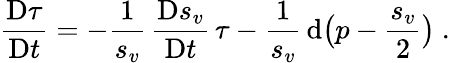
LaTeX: \frac{\mathrm{D}\tau}{\mathrm{D}t}=-\frac 1{s_{v}}\, \frac{\mathrm{D}s_{v}}{\mathrm{D}t}\, \tau-\frac{1}{s_{v}}\, \mathrm{d}\big(p-\frac{s_{v}}{2}\big)\ .